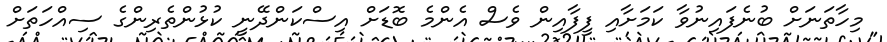
މިހާތަނަށް ބުނެފައިނުވާ ކަމަށާއި ފީފާއިން ވެސް އެންމެ ބޮޑަށް އިސްކަންދޭނީ ކުޅުންތެރިންގެ ސިއްހަތަށް